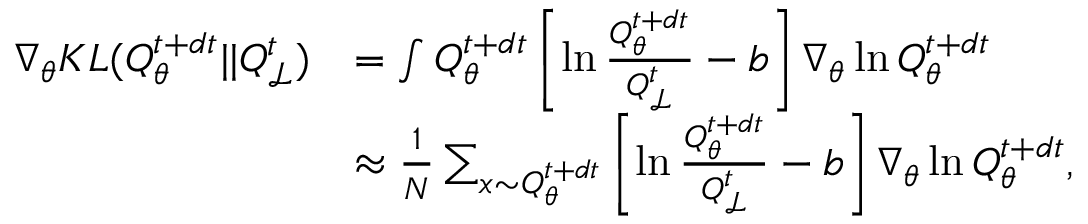
\begin{array} { r l } { \nabla _ { \theta } K L ( Q _ { \theta } ^ { t + d t } | | Q _ { \mathcal { L } } ^ { t } ) } & { = \int Q _ { \theta } ^ { t + d t } \left[ \ln \frac { Q _ { \theta } ^ { t + d t } } { Q _ { \mathcal { L } } ^ { t } } - b \right] \nabla _ { \theta } \ln Q _ { \theta } ^ { t + d t } } \\ & { \approx \frac { 1 } { N } \sum _ { x \sim Q _ { \theta } ^ { t + d t } } \left[ \ln \frac { Q _ { \theta } ^ { t + d t } } { Q _ { \mathcal { L } } ^ { t } } - b \right] \nabla _ { \theta } \ln Q _ { \theta } ^ { t + d t } , } \end{array}